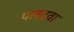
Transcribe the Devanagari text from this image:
पलटवा